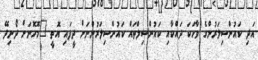
އަދި ކައުންސިލަރުންގެ ވާހަކަ ދައްކާއި ކައުންސިލްތައް ކައުންސިލަރުންނަށް ދީފައި އޮތީ "މޮހޮނަށް ދޯނިދޭ